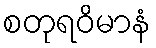
စတုရဝိမာနံ